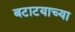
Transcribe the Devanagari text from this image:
बटाटयाच्या